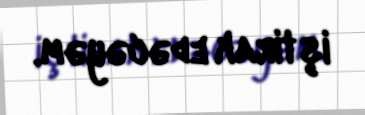
iştirak edəcəyəm.